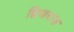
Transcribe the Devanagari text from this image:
द्विजराज